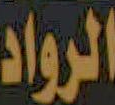
الرواد